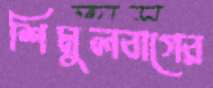
শিমুলবাগের